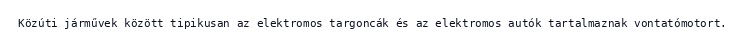
Közúti járművek között tipikusan az elektromos targoncák és az elektromos autók tartalmaznak vontatómotort.